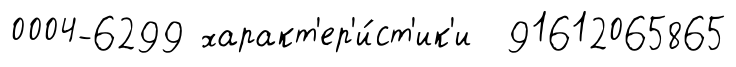
0004-6299 характ'ер'и́ст'ик'и 91612065865